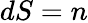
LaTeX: dS=n